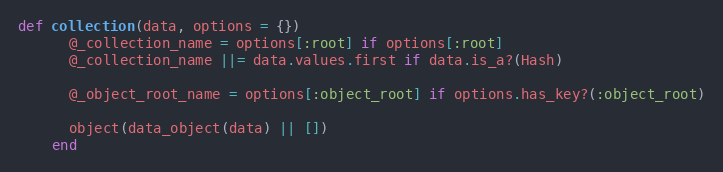
Language: Ruby
def collection(data, options = {})
      @_collection_name = options[:root] if options[:root]
      @_collection_name ||= data.values.first if data.is_a?(Hash)

      @_object_root_name = options[:object_root] if options.has_key?(:object_root)

      object(data_object(data) || [])
    end